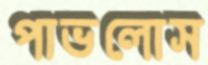
পাভলোস